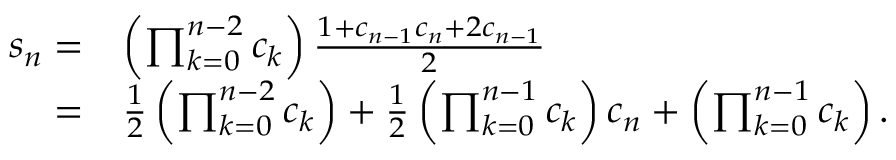
\begin{array} { r l } { s _ { n } = } & { \left( \prod _ { k = 0 } ^ { n - 2 } c _ { k } \right) \frac { 1 + c _ { n - 1 } c _ { n } + 2 c _ { n - 1 } } { 2 } } \\ { = } & { \frac { 1 } { 2 } \left( \prod _ { k = 0 } ^ { n - 2 } c _ { k } \right) + \frac { 1 } { 2 } \left( \prod _ { k = 0 } ^ { n - 1 } c _ { k } \right) c _ { n } + \left( \prod _ { k = 0 } ^ { n - 1 } c _ { k } \right) . } \end{array}